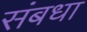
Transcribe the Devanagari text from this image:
संबधा